Civil Veterinary Dept. Bombay admin report 1914-1922 - 1914-1922
Year: 1914
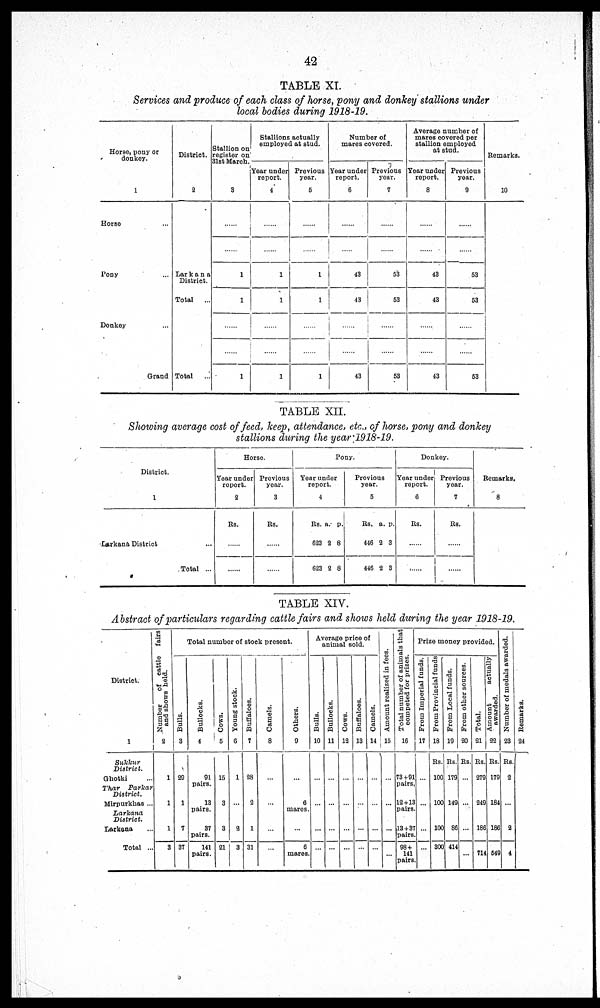
42
TABLE XI.
Services and produce of each class of horse, pony and donkey stallions under
local bodies during 1918-19.
Horse, pony or
donkey.
1
Horse …
Pony ...
Donkey ...
Grand
District.
2
Larkana
District.
Total
...
......
Total
...
Stallion on
register on
81st March.
3
......
......
1
1
......
......
1
Stallions actually
employed at stud.
Year under
report.
4
......
......
1
1
......
......
1
Previous
year.
5
......
......
1
1
......
......
1
Number of
mares covered.
Year under
report.
6
......
......
43
43
......
......
43
Previous
year.
7
......
......
53
63
......
......
53
Average number of
mares covered per
stallion employed
at stud.
Year under
report.
8
......
......
43
43
......
......
43
Previous
year.
9
......
......
53
53
......
......
53
Remarks.
10
TABLE XII.
Showing average cost of feed, keep, attendance, etc., of horse, pony and donkey
stallions during the year 1918-19.
District.
1
Larkana District …
Total ...
Horse.
Year under
report.
2
Rs.
......
......
Provious
year.
3
Rs.
......
......
Pony.
Year under
report .
4
Rs.
623
623
a.
2
2
p.
8
8
Previous
year.
5
Rs.
446
446
a.
2
2
p.
3
3
Donkey.
Year under
report.
6
Rs.
......
......
Previous
year.
7
Rs.
......
......
Remarks.
8
TABLE XIV.
Abstract of particulars regarding cattle fairs and shows held during the year 1918-19.
District.
1
Sukkur
District.
Ghotki …
Thar
Parkar
District.
Mirpurkhas ...
Larkana
District.
Larkana ...
Total ...
Number
of cattle
fairs
and shows held.
2
1
1
1
3
Total number of stock present.
Bulls.
3
29
1
7
37
Bullocks.
4
91
pairs.
18
pairs.
87
pairs.
141
pairs.
Cows.
5
15
3
3
21
Young stock.
6
1
...
2
3
Buffaloes.
7
28
2
1
31
Camels.
8
...
...
...
...
Others.
9
...
6
mares.
...
6
mares.
Average price of
animal sold.
Bulls.
10
...
...
...
Bullocks.
11
...
...
...
...
Cows.
12
...
...
...
...
Buffaloes.
13
...
...
...
…
Camels.
14
...
...
...
Amount realised in fees.
15
...
...
...
...
...
Total number of animals that
competed for prizes.
16
73+91
pairs.
12+13
pairs.
13+87
pairs
98+
141
pairs
Prise money provided.
From Imperial funds.
17
...
...
...
...
From Provincial funds
18
Rs.
100
100
100
800
From Local funds.
19
Rs.
179
149
86
414
From other sources.
20
Rs.
...
...
...
...
Total.
21
Rs.
279
249
186
714
Amount
actually
awarded.
22
Rs.
179
184
186
549
Number of medals awarded.
23
Rs.
2
...
2
4
Re ma r
ks .
24